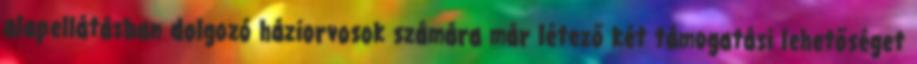
alapellátásban dolgozó háziorvosok számára már létező két támogatási lehetőséget